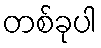
တစ်ခုပါ